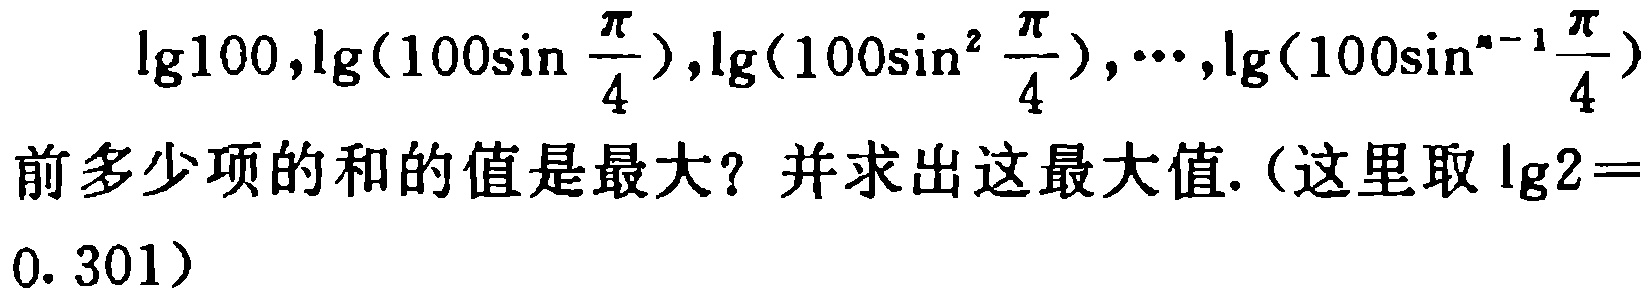
\(\lg100,\lg(100\sin \frac{\pi}{4}),\lg(100\sin^{2} \frac{\pi}{4}),\cdots,\lg(100\sin^{n - 1}\frac{\pi}{4})\)前多少项的和的值是最大？并求出这最大值.（这里取\(\lg2 = 0.301\)）